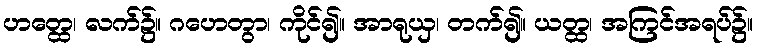
ဟတ္ထေ၊ လက်၌။ ဂဟေတွာ၊ ကိုင်၍။ အာရုယှ၊ တက်၍။ ယတ္ထ၊ အကြင်အရပ်၌။